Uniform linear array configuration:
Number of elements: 12
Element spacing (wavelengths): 0.5
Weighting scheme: binomial
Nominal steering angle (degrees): -60
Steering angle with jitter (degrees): -59.92
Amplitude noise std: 0.05
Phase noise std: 0.05

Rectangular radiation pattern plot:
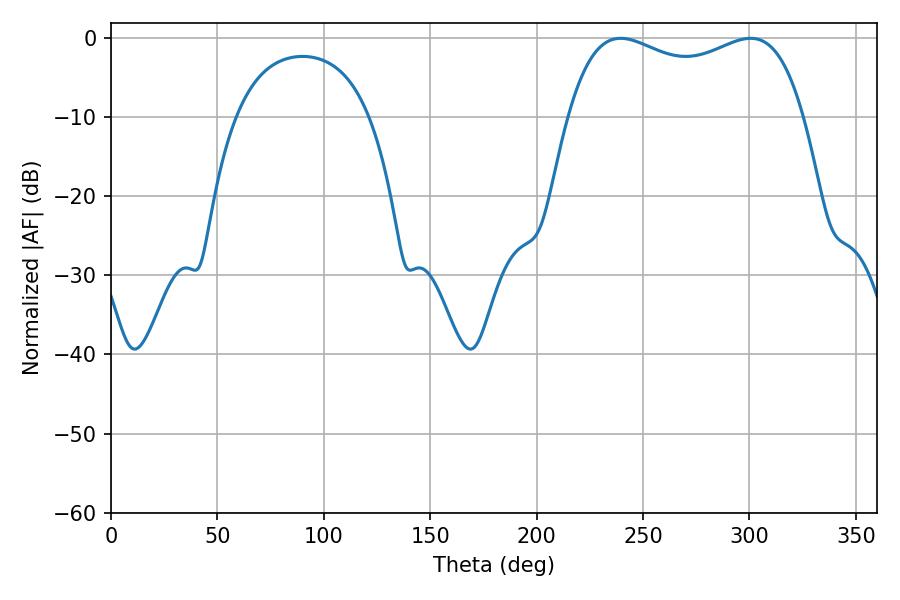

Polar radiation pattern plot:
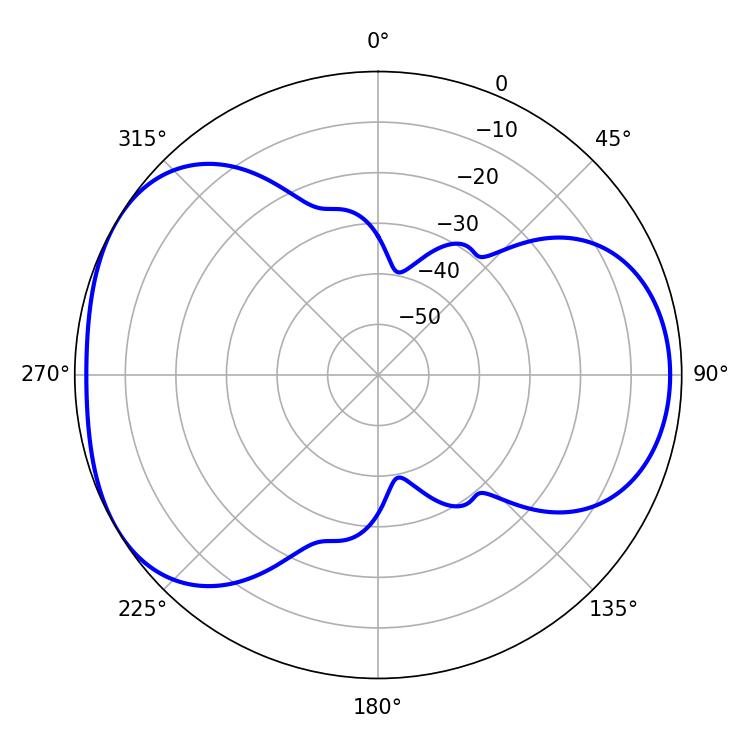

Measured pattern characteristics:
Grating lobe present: FALSE
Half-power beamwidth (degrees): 90.72
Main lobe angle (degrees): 239.4